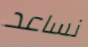
نساعد